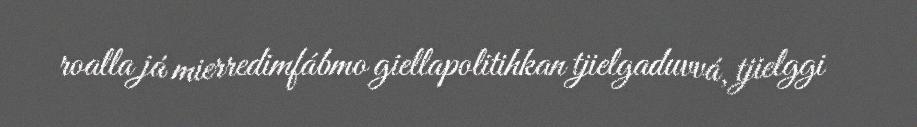
roalla já mierredimfábmo giellapolitihkan tjielgaduvvá, tjielggi